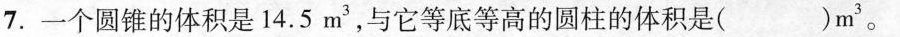
7.一个圆锥的体积是14.5m^{3}，与它等底等高的圆柱的体积是( )m^{3}。